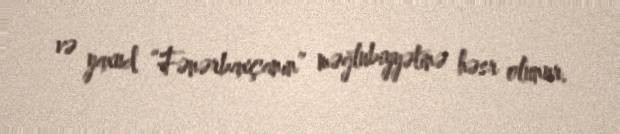
və yaxud “Fənərbaxçanın” məğlubiyyətinə həsr olunur.